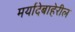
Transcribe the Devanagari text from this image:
मर्यादेबाहेरील